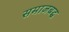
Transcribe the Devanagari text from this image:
समाजबद्ध